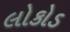
લોકોડ